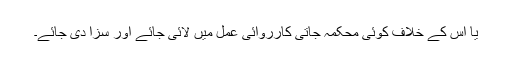
یا اس کے خلاف کوئی محکمہ جاتی کارروائی عمل میں لائی جائے اور سزا دی جائے۔